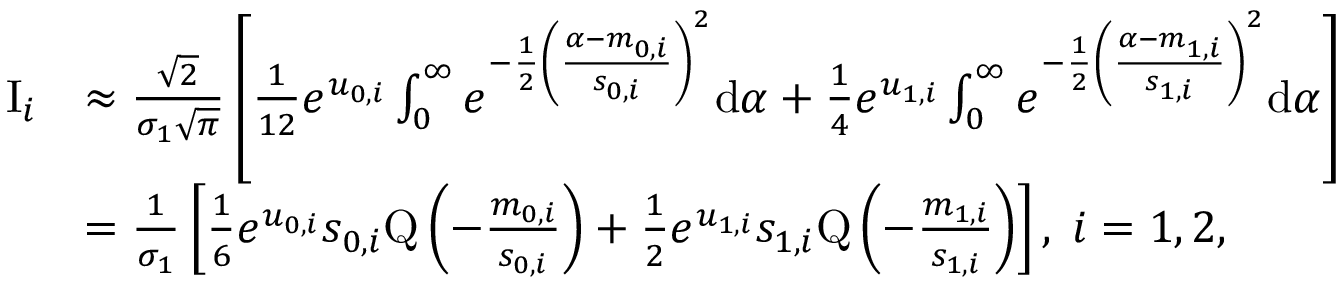
\begin{array} { r l } { \mathrm { I } _ { i } } & { \approx \frac { \sqrt { 2 } } { \sigma _ { 1 } \sqrt { \pi } } \left[ \frac { 1 } { 1 2 } e ^ { u _ { 0 , i } } \int _ { 0 } ^ { \infty } e ^ { - \frac { 1 } { 2 } \left( \frac { \alpha - m _ { 0 , i } } { s _ { 0 , i } } \right) ^ { 2 } } \mathrm { d } \alpha + \frac { 1 } { 4 } e ^ { u _ { 1 , i } } \int _ { 0 } ^ { \infty } e ^ { - \frac { 1 } { 2 } \left( \frac { \alpha - m _ { 1 , i } } { s _ { 1 , i } } \right) ^ { 2 } } \mathrm { d } \alpha \right] } \\ & { = \frac { 1 } { \sigma _ { 1 } } \left[ \frac { 1 } { 6 } e ^ { u _ { 0 , i } } s _ { 0 , i } \mathrm { Q } \left( - \frac { m _ { 0 , i } } { s _ { 0 , i } } \right) + \frac { 1 } { 2 } e ^ { u _ { 1 , i } } s _ { 1 , i } \mathrm { Q } \left( - \frac { m _ { 1 , i } } { s _ { 1 , i } } \right) \right] , \; i = 1 , 2 , } \end{array}